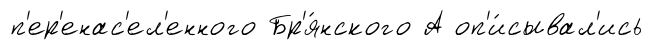
п'ер'енас'ел'енного Бр'я́нского А оп'и́сывал'ись